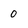
Character: 0